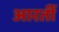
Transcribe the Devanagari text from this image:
आरतीं